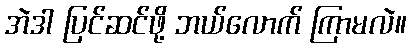
အဲဒါ ပြင်ဆင်ဖို့ ဘယ်လောက် ကြာမလဲ။